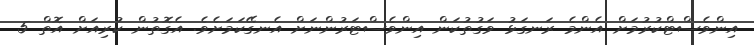
އިންވެސްޓްކުރުމަށް އެންމެ ރަނގަޅު ވަގުތުކަން އިންވެސްޓަރުންނަށް އެނގޭކަމަށެވެ. އެގޮތުން ކުރިއަށް އޮތް 5